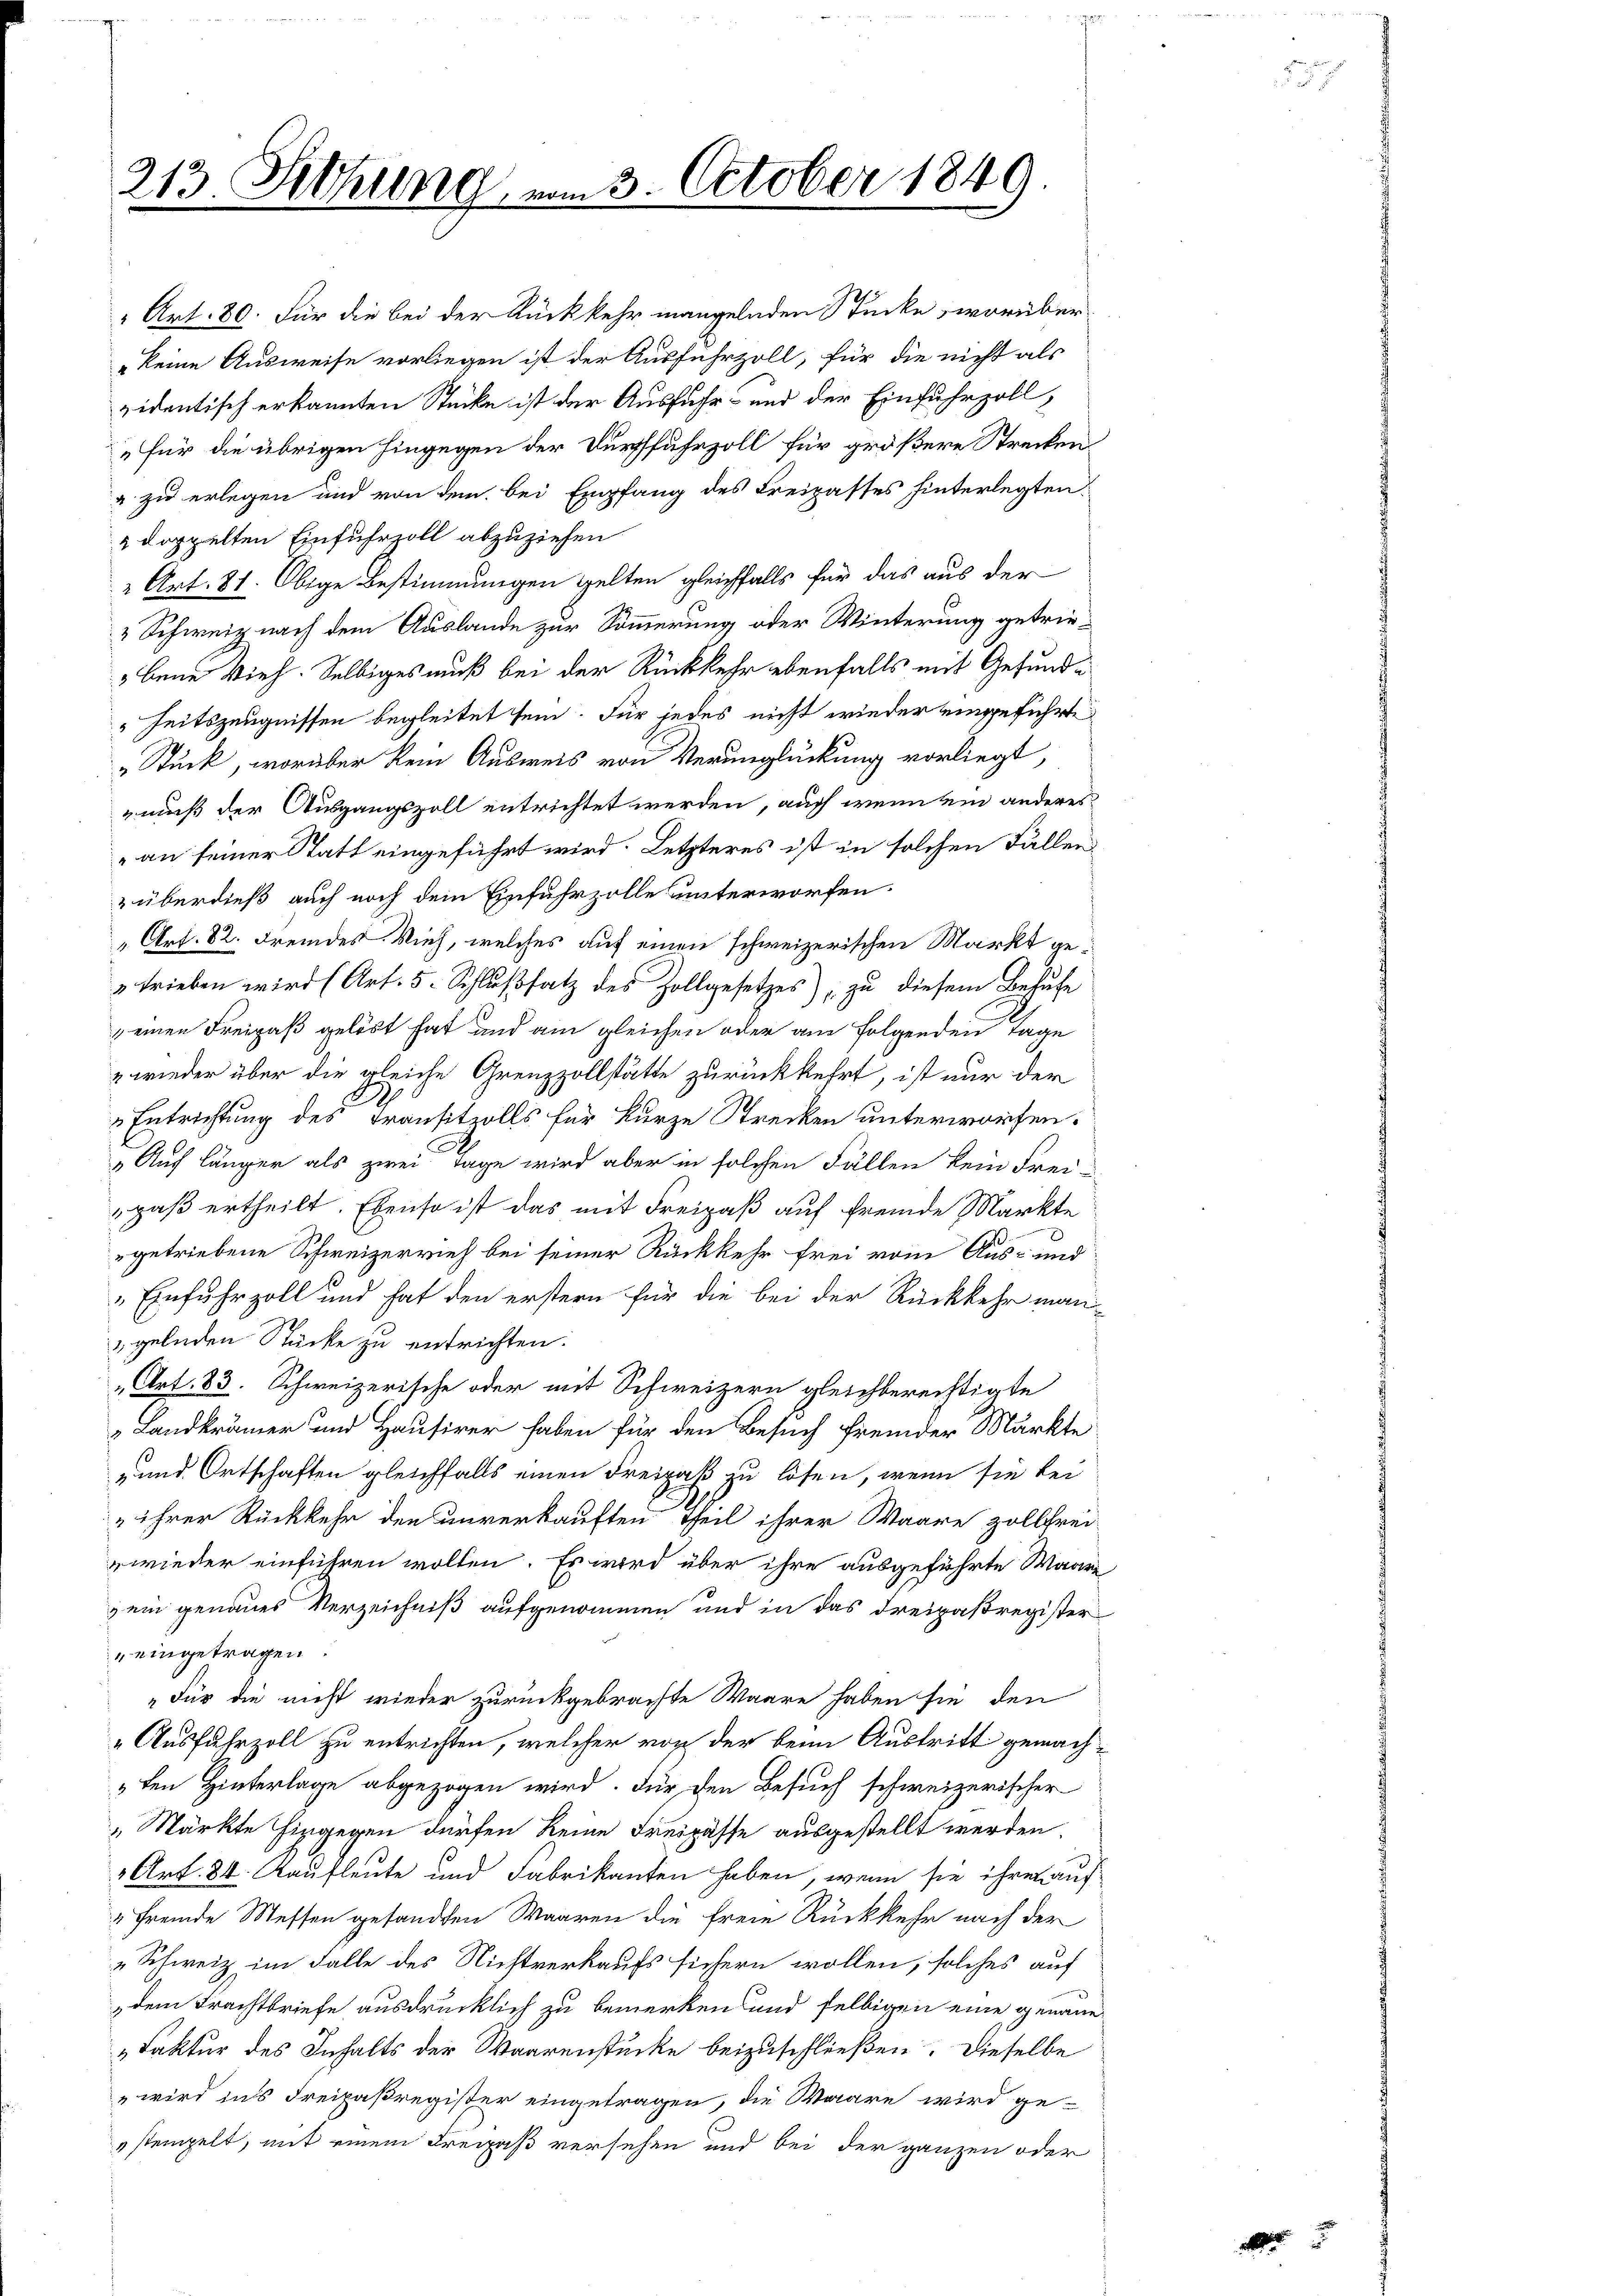
213. Sitzung

m 3. October 1849.

eingetragen.
„Für die nicht wieder zurückgebrachte Waare haben sie den
„Ausfuhrzoll zu entrichten, welcher von der beim Austritt gemach¬
„den Hinterlage abgezogen wird. Für den Besuch schweizerischer
„Märkte hingegen dürfen keine Freipässe ausgestellt werden.
1 Art. 84. Kaufleute und Fabrikanten haben, wenn sie ihren auf
„Fremde Messen gesandten Waaren die freie Rückkehr nach der
„Schweiz im Falle des Nichtverkaufs sichern wollen, solches auf
dem Frachtbriefe ausdrücklich zu bemerken und selbigen eine genaue
„Faktur des Inhalts der Waarenstücke beizuschließen. Dieselbe
" wird ins Freipaßregister eingetragen, die Waare wird ge-
stempelt, mit einem Kreipaß versehen und bei der ganzen oder

Art. 80. Für die bei der Rückkehr mangelnden Stücke, worüber
keine Ausweise vorliegen ist der Ausfuhrzoll, für die nicht als
videntisch erkannten Stücke ist der Ausfuhr- und der Einfuhrzoll,
„Für die übrigen hingegen der Dürfffuhrzoll für größere Strecken
" zu erlegen und von dem bei Empfang des Freizasses hinterlegten.
2 doppelten Einfuhrzoll abzuziehen
" Art. 81. Obige Bestimmungen gelten gleichfalls für das aus der
3 Schweiz nach dem Auslande zur Sommerung oder Winterung getriebene Vieh. Selbiges muß bei der Rückkehr ebenfalls mit Gefund¬
" Zeitszeugnissen begleitet sein. Für jedes nicht wieder eingeführte
„Stück, worüber kein Ausweis von Verunglückung vorliegt,
muß der Ausgangszoll entrichtet werden, auch wenn ein anderes
an seiner Statt eingeführt wird. Letzteres ist in solchen Fällen
& überdieß auch noch dem Einfuhrzolle unterworfen.
Art. 82. Fremdes Vieh, welches auf einen schweizerischen Markt getrieben wird (Art. 5. Schlußsatz des Zollgesetzes), zu diesem Behufe
einen Freipaß gelöst hat und am gleichen oder am folgenden Tage
wieder über die gleiche Grenzzollstätte zurückkehrt, ist nur der
Entrichtung des Transitzolls für kurze Strecken unterworfen.
„Auf länger als zwei Tage wird aber in solchen Fällen kein Frei-
gaß ertheilt. Ebenso ist das mit Freipaß auf fremde Märkte
getriebene Schweizerrief bei seiner Rückkehr frei vom Aus- und
Einfuhrzoll und hat den erstern für die bei der Rückkehr man
gelnden Stücke zu entrichten.
„Art. 83. Schweizerische oder mit Schweizern gleichberechtigte
„Landkrämer und Hausirer haben für den Besuch fremder Märkte
-und Ortschaften gleichfalls einen Freipaß zu lösen, wenn sie bei
ihrer Rückkehr den unverkauften Theil ihrer Waare zollfrei-
wieder einführen wollen. Es wird über ihre ausgeführte Waare
ein genaues Verzeichniß aufgenommen und in das Dreipaßregister